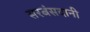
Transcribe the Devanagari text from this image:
सरबंसदानी